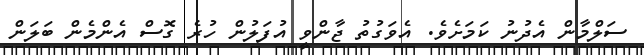
ސަލްމާން އެދުނު ކަމަށެވެ. އެވަގުތު ޖާންވީ އުފަލުން ހުރެ ގޮސް އެންމެން ބަލަން